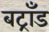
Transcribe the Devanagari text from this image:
बट्राँड